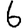
Digit: 6